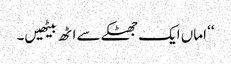
‘‘ اماں ایک جھٹکے سے اٹھ بیٹھیں۔